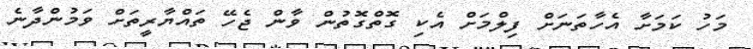
މަހު ކަމަށާ އެހާތަނަށް ފިލްމަށް އެކި ގޮތްގޮތުން ވާން ޖެހޭ ތައްޔާރީތަށް ވަމުންދާނެ